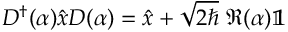
D ^ { \dagger } ( \alpha ) \hat { x } D ( \alpha ) = \hat { x } + \sqrt { 2 \hbar } ~ \mathfrak { R } ( \alpha ) \mathbb { 1 }